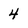
Character: 4